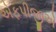
એફપીજીએ